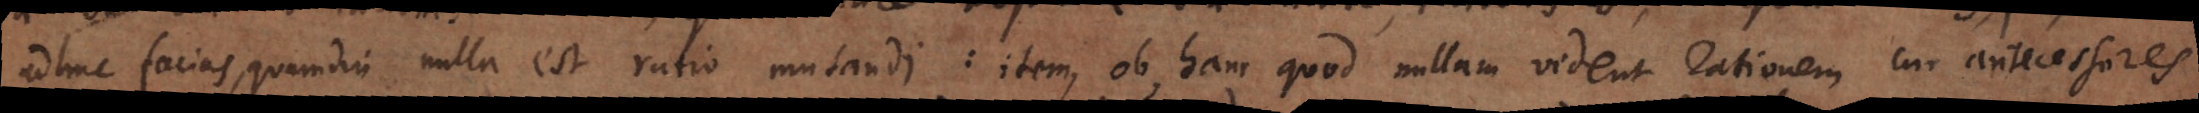
adhuc facias, quamdiu nulla est ratio mutandi: item, ob hanc quod nullam vident rationem cur antecessores